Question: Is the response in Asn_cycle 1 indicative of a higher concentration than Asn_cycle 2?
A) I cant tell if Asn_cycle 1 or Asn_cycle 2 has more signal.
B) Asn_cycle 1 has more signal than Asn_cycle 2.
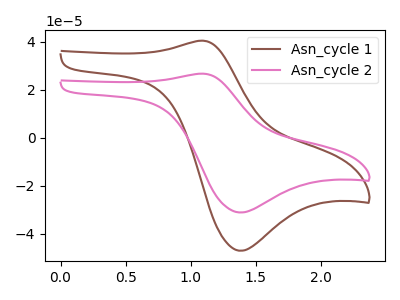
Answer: <think>The brown curve "Asn_cycle 1" has an anodic peak at (1.10V, 40.50uA) and a cathodic peak at (1.40V, -47.00uA). The pink curve "Asn_cycle 2" has an anodic peak at (1.10V, 26.75uA) and a cathodic peak at (1.40V, -31.05uA).
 All the peaks in "Asn_cycle 1" have a peak in "Asn_cycle 2" at the same potential. Every peak in "Asn_cycle 1" is higher than every peak in "Asn_cycle 2".</think>
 <answer>B) "Asn_cycle 1" has more signal than "Asn_cycle 2".</answer>
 <eval>B</eval>